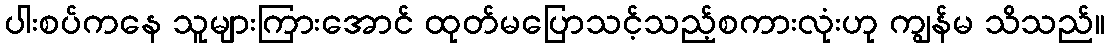
ပါးစပ်ကနေ သူများကြားအောင် ထုတ်မပြောသင့်သည့်စကားလုံးဟု ကျွန်မ သိသည်။